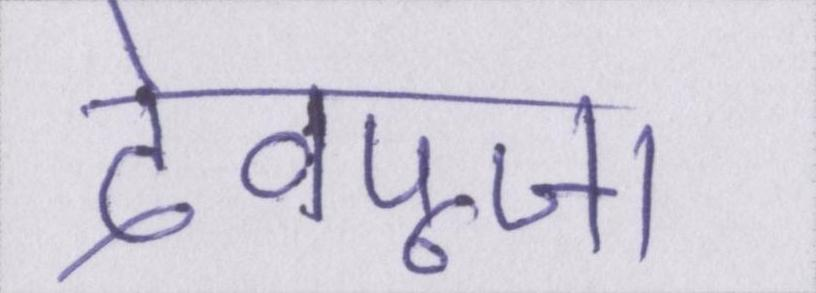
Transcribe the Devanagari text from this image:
देवपूजा